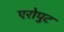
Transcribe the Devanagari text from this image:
एरोपुट